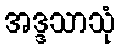
အဒ္ဒသာသုံ